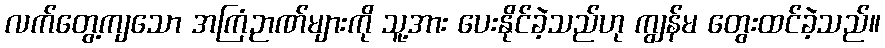
လက်တွေ့ကျသော အကြံဉာဏ်များကို သူ့အား ပေးနိုင်ခဲ့သည်ဟု ကျွန်မ တွေးထင်ခဲ့သည်။